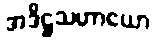
အဒိဋ္ဌသဟာယော